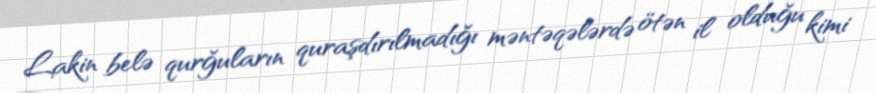
Lakin belə qurğuların quraşdırılmadığı məntəqələrdə ötən il olduğu kimi